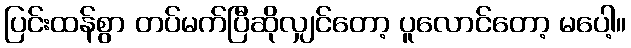
ပြင်းထန်စွာ တပ်မက်ပြီဆိုလျှင်တော့ ပူလောင်တော့ မပေါ့။